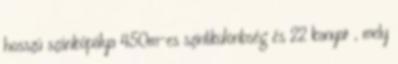
hosszú szánkópálya 450m-es szintkülönbség és 22 kanyar , mely